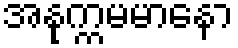
အနုက္ကမမာနော